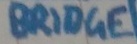
Text: BRIDGE